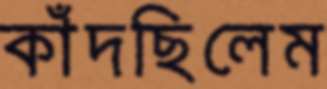
কাঁদছিলেম